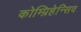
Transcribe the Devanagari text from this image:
कोम्प्रिहेन्सिव